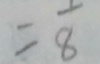
= \frac { 1 } { 8 }